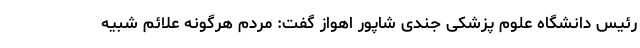
رئیس دانشگاه علوم پزشکی جندی شاپور اهواز گفت: مردم هرگونه علائم شبیه